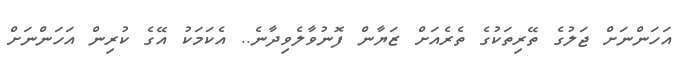
އަހަންނަށް ޖަލުގެ ތޭރިތަކުގެ ތެރެއަށް ޒަޔާން ފޮނުވާލެވިދާނެ.. އެކަމަކު އޭގެ ކުރިން އަހަންނަށް